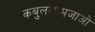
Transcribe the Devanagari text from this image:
कबुललामजाओ